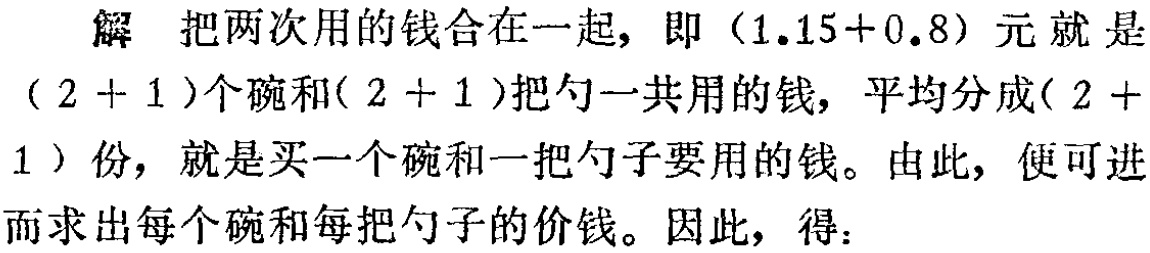
解 把两次用的钱合在一起，即\((1.15 + 0.8)\)元就是\((2 + 1)\)个碗和\((2 + 1)\)把勺一共用的钱，平均分成\((2 + 1)\)份，就是买一个碗和一把勺子要用的钱。由此，便可进而求出每个碗和每把勺子的价钱。因此，得：